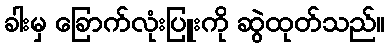
ခါးမှ ခြောက်လုံးပြူးကို ဆွဲထုတ်သည်။